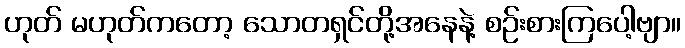
ဟုတ် မဟုတ်ကတော့ သောတရှင်တို့အနေနဲ့ စဉ်းစားကြပေါ့ဗျာ။